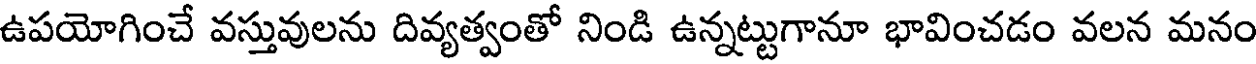
ఉపయోగించే వస్తువులను దివ్యత్వంతో నిండి ఉన్నట్టుగానూ భావించడం వలన మనం